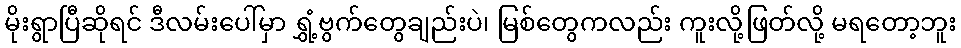
မိုးရွာပြီဆိုရင် ဒီလမ်းပေါ်မှာ ရွှံ့ဗွက်တွေချည်းပဲ၊ မြစ်တွေကလည်း ကူးလို့ဖြတ်လို့ မရတော့ဘူး